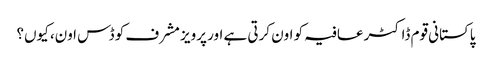
پاکستانی قوم ڈاکٹر عافیہ کو اون کرتی ہے اور پرویز مشرف کو ڈس اون، کیوں؟